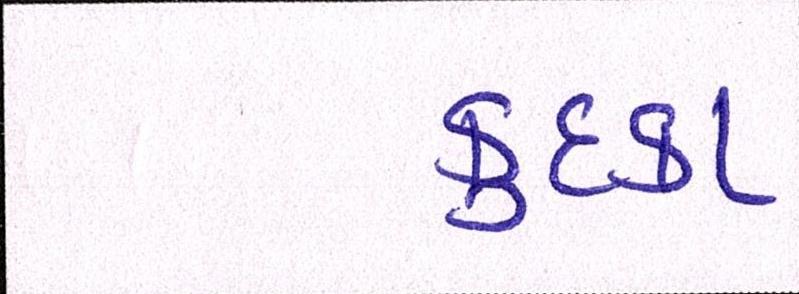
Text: કુદકા